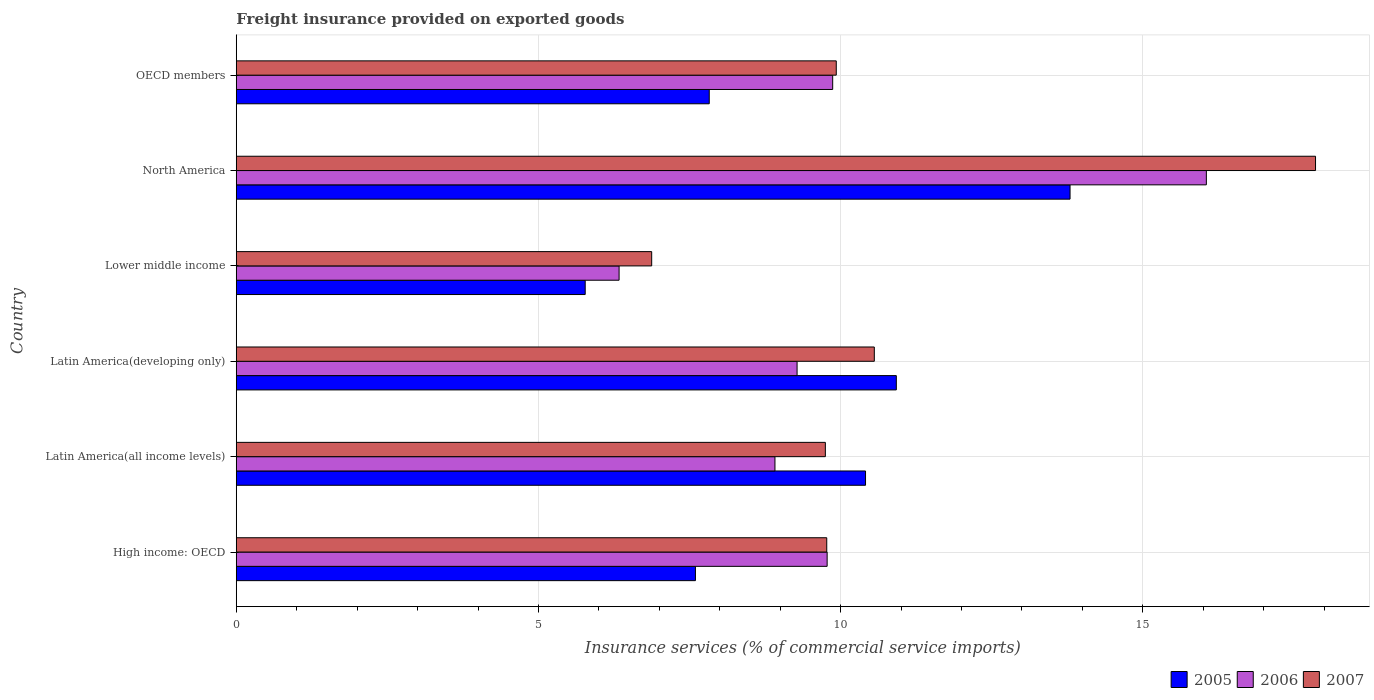
| Country | 2005 | 2006 | 2007 |
 | --- | --- | --- | --- |
 | High income: OECD | 7.6 | 9.78 | 9.77 |
 | Latin America(all income levels) | 10.4 | 8.91 | 9.75 |
 | Latin America(developing only) | 10.9 | 9.28 | 10.6 |
 | Lower middle income | 5.77 | 6.33 | 6.87 |
 | North America | 13.8 | 16.1 | 17.9 |
 | OECD members | 7.83 | 9.87 | 9.93 |